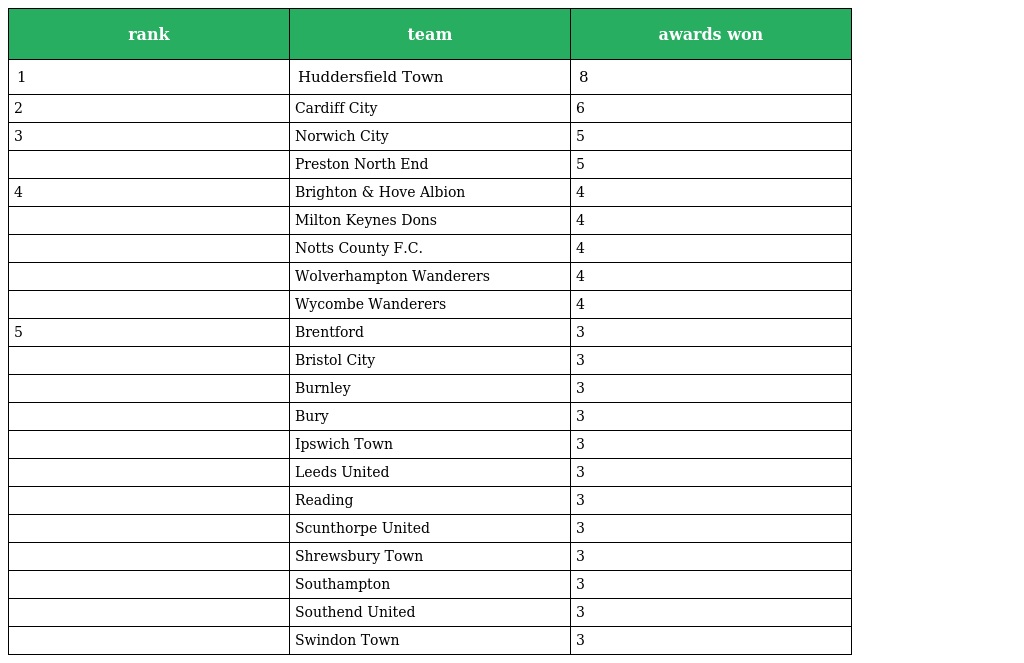
| rank | team | awards won |
 | --- | --- | --- |
 | 1 | Huddersfield Town | 8 |
 | 2 | Cardiff City | 6 |
 | 3 | Norwich City | 5 |
 |  | Preston North End | 5 |
 | 4 | Brighton & Hove Albion | 4 |
 |  | Milton Keynes Dons | 4 |
 |  | Notts County F.C. | 4 |
 |  | Wolverhampton Wanderers | 4 |
 |  | Wycombe Wanderers | 4 |
 | 5 | Brentford | 3 |
 |  | Bristol City | 3 |
 |  | Burnley | 3 |
 |  | Bury | 3 |
 |  | Ipswich Town | 3 |
 |  | Leeds United | 3 |
 |  | Reading | 3 |
 |  | Scunthorpe United | 3 |
 |  | Shrewsbury Town | 3 |
 |  | Southampton | 3 |
 |  | Southend United | 3 |
 |  | Swindon Town | 3 |